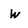
Character: w